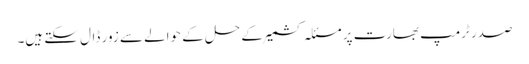
صدر ٹرمپ بھارت پر مسئلہ کشمیر کے حل کے حوالے سے زور ڈال سکتے ہیں۔